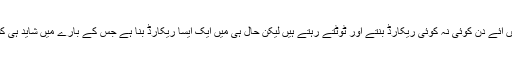
کرکٹ کے کھیل میں آئے دن کوئی نہ کوئی ریکارڈ بنتے اور ٹوٹتے رہتے ہیں لیکن حال ہی میں ایک ایسا ریکارڈ بنا ہے جس کے بارے میں شاید ہی کسی نے سوچا ہو گا۔